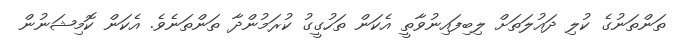
ތަންތަނުގެ ކުލި ދައުލަތަށް ލިބިފައިނުވާތީ އެކަން ތަހުގީގު ކުރަމުންދާ ތަންތަނެވެ. އެކަން ކޮމިޝަނުން